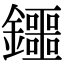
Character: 鑩